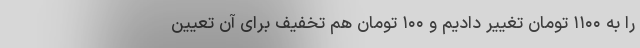
‌را به ۱۱۰۰ تومان تغییر دادیم و ۱۰۰ تومان هم تخفیف برای آن تعیین